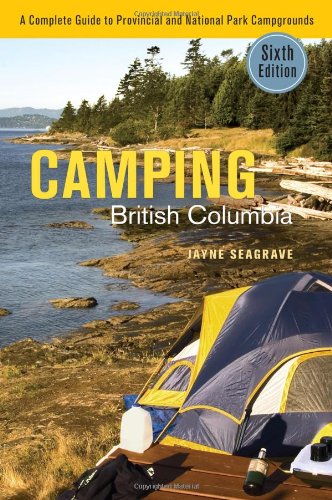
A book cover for Camping British Columbia: A Complete Guide to Provincial and National Park Campgrounds; Jayne Seagrave; Travel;